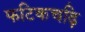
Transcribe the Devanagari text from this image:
फटिकचढ़ि